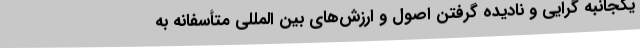
یکجانبه گرایی و نادیده گرفتن اصول و ارزش‌های بین المللی متأسفانه به